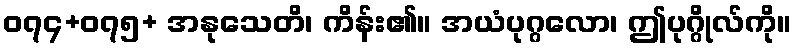
၀၇၄+၀၇၅+ အနုသေတိ၊ ကိန်း၏။ အယံပုဂ္ဂလော၊ ဤပုဂ္ဂိုလ်ကို။